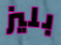
بليز